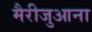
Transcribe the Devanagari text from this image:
मैरीजुआना